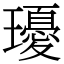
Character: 瓇